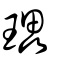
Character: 瓃